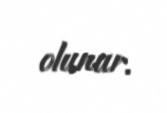
olunur.